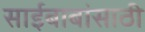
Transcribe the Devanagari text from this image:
साईबाबांसाठी